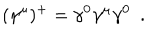
( \gamma ^ { \mu } ) ^ { + } = \gamma ^ { 0 } \gamma ^ { \mu } \gamma ^ { 0 } \; \: .